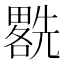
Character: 𱏯